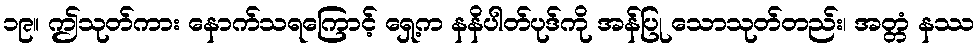
၁၉။ ဤသုတ်ကား နောက်သရကြောင့် ရှေ့က နနိပါတ်ပုဒ်ကို အန်ပြု သောသုတ်တည်း၊ အတ္တံ နဿ